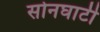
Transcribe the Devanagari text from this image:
सोनघाटी